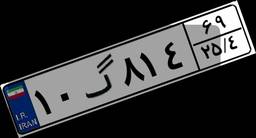
۱۸گ۷۱۰۳۹